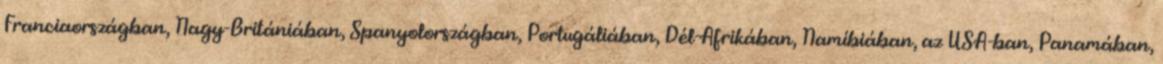
Franciaországban, Nagy-Britániában, Spanyolországban, Portugáliában, Dél-Afrikában, Namíbiában, az USA-ban, Panamában,